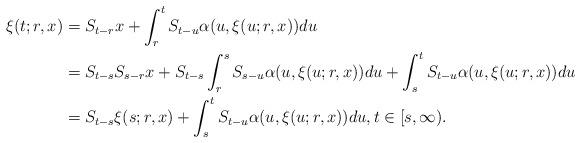
LaTeX: \begin{align*}\xi(t;r,x) &= S_{t-r} x + \int_r^t S_{t-u} \alpha(u,\xi(u;r,x)) du\\ &= S_{t-s} S_{s-r} x + S_{t-s} \int_r^s S_{s-u} \alpha(u,\xi(u;r,x)) du + \int_s^t S_{t-u} \alpha(u,\xi(u;r,x)) du\\ &= S_{t-s} \xi(s;r,x) + \int_s^t S_{t-u} \alpha(u,\xi(u;r,x)) du, t \in [s,\infty).\end{align*}